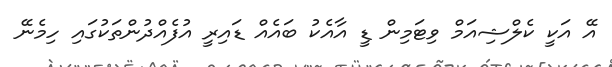
އޭ އަކީ ކެލްޝިއަމް ވިޓަމިން ޑީ އާއެކު ބައެއް ޑައިރީ އުފެއްދުންތަކުގައި ހިމެނޭ